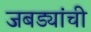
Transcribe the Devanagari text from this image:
जबड्यांची